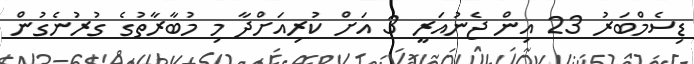
ޑިސެމްބަރު 23 އިން ޖެނުއަރީ 3 އަށް ކުރިއަށްދާ މި މުބާރާތުގެ ގުރުނެގުން